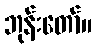
ဘုန်းတော်။